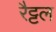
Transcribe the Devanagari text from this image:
रैट्टल